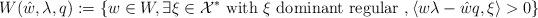
LaTeX: \begin{align*}W(\hat{w},\lambda,q):=\{w\in W,\exists\xi\in {\cal X}^*\textrm{ with } \xi\textrm{ dominant regular },\langle w\lambda-\hat{w}q,\xi\rangle >0\}\end{align*}